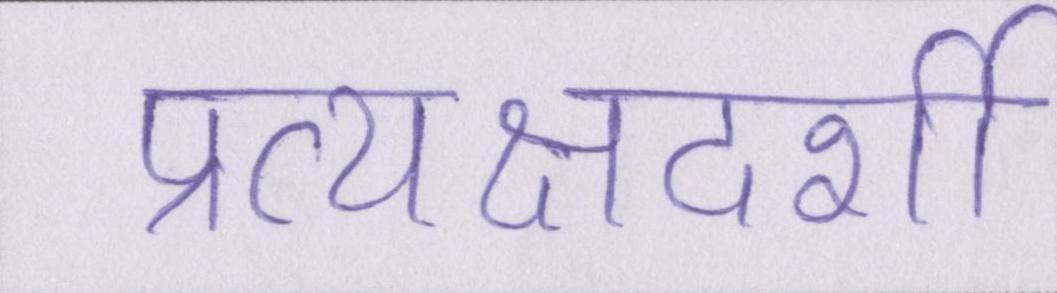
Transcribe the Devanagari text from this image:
प्रत्यक्षदर्शी